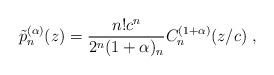
LaTeX: \begin{align*}\tilde{p}^{(\alpha)}_n(z)=\frac{n!c^n}{2^n (1+\alpha)_{n}}C_{n}^{(1+\alpha)}(z/c)\ , \end{align*}